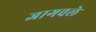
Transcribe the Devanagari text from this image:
जागवले